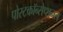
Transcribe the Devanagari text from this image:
पोस्टकॉन्सेप्शनल